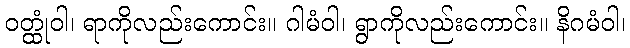
ဝတ္ထုံဝါ၊ ရာကိုလည်းကောင်း။ ဂါမံဝါ၊ ရွာကိုလည်းကောင်း။ နိဂမံဝါ၊